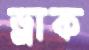
ড্রাক